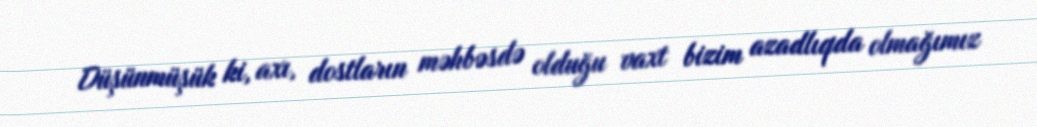
Düşünmüşük ki, axı, dostların məhbəsdə olduğu vaxt bizim azadlıqda olmağımız